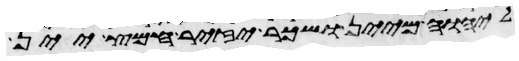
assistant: ליהוה מיין ושכר יזיר חמץ יין